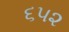
૬૫૨